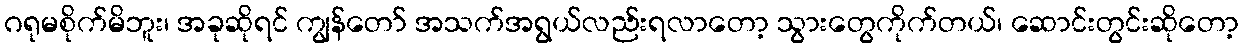
ဂရုမစိုက်မိဘူး၊ အခုဆိုရင် ကျွန်တော် အသက်အရွယ်လည်းရလာတော့ သွားတွေကိုက်တယ်၊ ဆောင်းတွင်းဆိုတော့